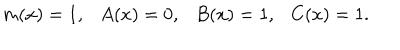
m ( x ) = 1 , \ \ \ A ( x ) = 0 , \ \ \ B ( x ) = 1 , \ \ \ C ( x ) = 1 .